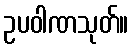
ဥပဝါဏသုတ်။